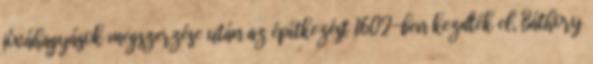
jóváhagyások megszerzése után az építkezést 1602-ben kezdték el, Báthory